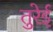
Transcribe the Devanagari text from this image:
तुरेई